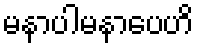
မနာပါမနာပေဟိ